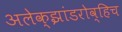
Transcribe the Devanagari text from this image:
अलेक्झांडरोव्हिच